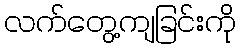
လက်တွေ့ကျခြင်းကို